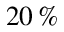
2 0 \, \%